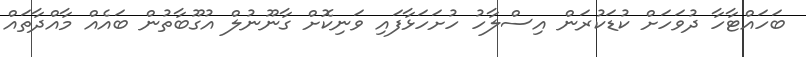
ބަހައްޓާހާ ދުވަހަށް ކުޑަކުރަން އިސްލާހު ހުށަހަޅާފައި ވަނިކޮށް ގާނޫނުލް އުގޫބާތުން ބައެއް މާއްދާތައް